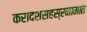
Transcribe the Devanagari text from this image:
करादशसहस्रनामात